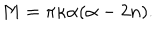
LaTeX: { M } = \pi \kappa \alpha ( \alpha - 2 n ) .